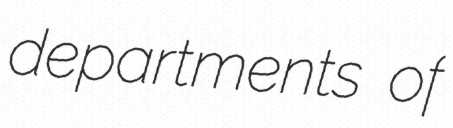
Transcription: departments of